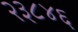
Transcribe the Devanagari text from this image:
२३८४६